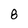
Character: 8